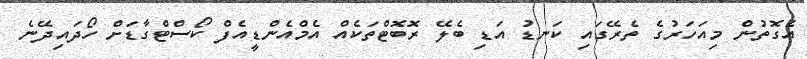
އެގޮތުން މިއަހަރުގެ ތެރޭގައި ކަނޑު އަޑި ބެލޭ ރޮބޮޓްތަކެއް އެމްއެންޑީއެފް ކޯސްޓްގާޑަށް ހޯދައިދޭނެ